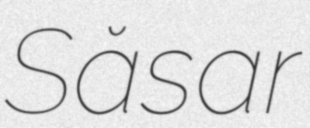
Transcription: Săsar